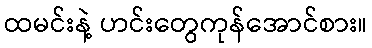
ထမင်းနဲ့ ဟင်းတွေကုန်အောင်စား။